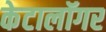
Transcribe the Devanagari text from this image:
केटालॉगर